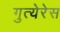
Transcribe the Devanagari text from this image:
गुत्येरेस